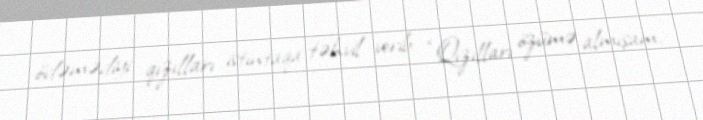
ödəmədiyi qızılları istintaqa təhvil verib: “Qızılları özümə almışam.